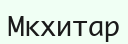
Мкхитар